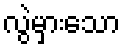
လွဲမှားသော